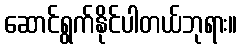
ဆောင်ရွက်နိုင်ပါတယ်ဘုရား။